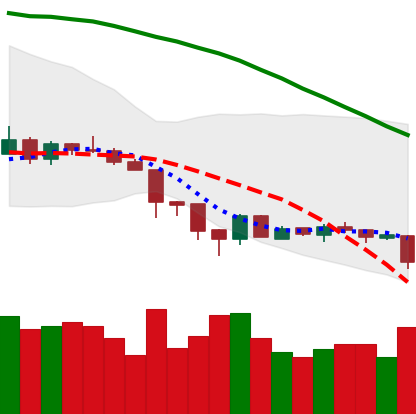
Ticker: XMR-USD
Chart end date: 2018-06-22
Forward return: 16.372%
Label: up_7plus